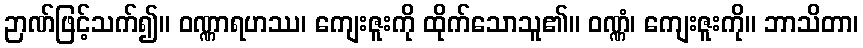
ဉာဏ်ဖြင့်သက်၍။ ဝဏ္ဏာရဟဿ၊ ကျေးဇူးကို ထိုက်သောသူ၏။ ဝဏ္ဏံ၊ ကျေးဇူးကို။ ဘာသိတာ၊